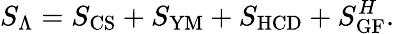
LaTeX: S_{\Lambda}=S_{\mathrm{CS}}+S_{\mathrm{YM}}+S_{\mathrm{HCD}}+S_{\mathrm{GF}}^{H}.